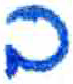
אות: ב